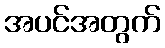
အပင်အတွက်